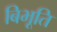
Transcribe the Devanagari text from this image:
बिभूति